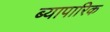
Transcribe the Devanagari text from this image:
ब्यापारिक